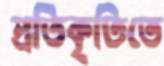
প্রতিকৃতিতে